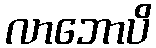
လာဘောပိ